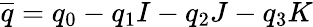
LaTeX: \overline{{q}}=q_{0}-q_{1}I-q_{2}J-q_{3}K